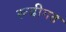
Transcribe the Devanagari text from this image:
रूढीगत